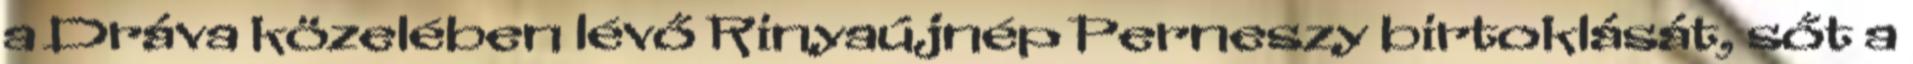
a Dráva közelében lévő Rinyaújnép Perneszy birtoklását, sőt a